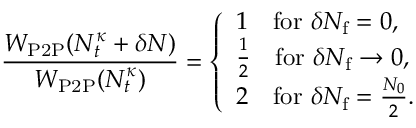
\frac { W _ { \mathrm { P 2 P } } ( N _ { t } ^ { \kappa } + \delta N ) } { W _ { \mathrm { P 2 P } } ( N _ { t } ^ { \kappa } ) } = \left\{ \begin{array} { l l } { 1 \quad \mathrm { f o r ~ } \delta N _ { \mathrm { f } } = 0 , } \\ { \frac { 1 } { 2 } \quad \mathrm { f o r ~ } \delta N _ { \mathrm { f } } \to 0 , } \\ { 2 \quad \mathrm { f o r ~ } \delta N _ { \mathrm { f } } = \frac { N _ { 0 } } { 2 } . } \end{array} \right.